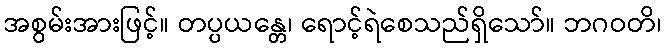
အစွမ်းအားဖြင့်။ တပ္ပယန္တေ၊ ရောင့်ရဲစေသည်ရှိသော်။ ဘဂဝတိ၊